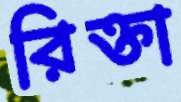
রিক্তা